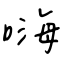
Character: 嗨